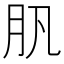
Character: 䏎